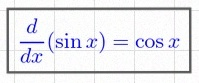
\frac{d}{dx}(\sin x)=\cos x